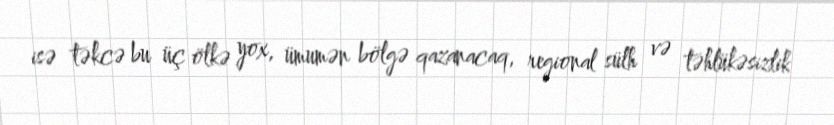
isə təkcə bu üç ölkə yox, ümumən bölgə qazanacaq, regional sülh və təhlükəsizlik